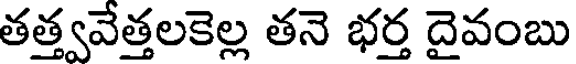
తత్త్వవేత్తలకెల్ల తనె భర్త దైవంబు